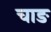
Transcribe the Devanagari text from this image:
चाङ